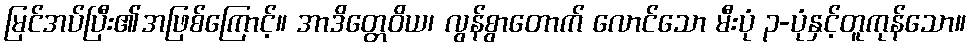
မြင်အပ်ပြီး၏အဖြစ်ကြောင့်။ အာဒိတ္တေဝိယ၊ လွန်စွာတောက် လောင်သော မီးပုံ ၃-ပုံနှင့်တူကုန်သော။